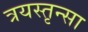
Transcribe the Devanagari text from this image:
त्रयस्तृन्सा